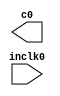
// megafunction wizard: %ALTPLL%VBB%
// GENERATION: STANDARD
// VERSION: WM1.0
// MODULE: altpll 

// ============================================================
// Megafunction Name(s):
// 			altpll
//
// Simulation Library Files(s):
// 			altera_mf
// ============================================================
// ************************************************************
// THIS IS A WIZARD-GENERATED FILE. DO NOT EDIT THIS FILE!
//
// 15.0.0 Build 145 04/22/2015 SJ Web Edition
// ************************************************************

//Copyright (C) 1991-2015 Altera Corporation. All rights reserved.
//Your use of Altera Corporation's design tools, logic functions 
//and other software and tools, and its AMPP partner logic 
//functions, and any output files from any of the foregoing 
//(including device programming or simulation files), and any 
//associated documentation or information are expressly subject 
//to the terms and conditions of the Altera Program License 
//Subscription Agreement, the Altera Quartus II License Agreement,
//the Altera MegaCore Function License Agreement, or other 
//applicable license agreement, including, without limitation, 
//that your use is for the sole purpose of programming logic 
//devices manufactured by Altera and sold by Altera or its 
//authorized distributors.  Please refer to the applicable 
//agreement for further details.

module pll_1152 (
	inclk0,
	c0);

	input	  inclk0;
	output	  c0;

endmodule

// ============================================================
// CNX file retrieval info
// ============================================================
// Retrieval info: PRIVATE: ACTIVECLK_CHECK STRING "0"
// Retrieval info: PRIVATE: BANDWIDTH STRING "1.000"
// Retrieval info: PRIVATE: BANDWIDTH_FEATURE_ENABLED STRING "1"
// Retrieval info: PRIVATE: BANDWIDTH_FREQ_UNIT STRING "MHz"
// Retrieval info: PRIVATE: BANDWIDTH_PRESET STRING "Low"
// Retrieval info: PRIVATE: BANDWIDTH_USE_AUTO STRING "1"
// Retrieval info: PRIVATE: BANDWIDTH_USE_PRESET STRING "0"
// Retrieval info: PRIVATE: CLKBAD_SWITCHOVER_CHECK STRING "0"
// Retrieval info: PRIVATE: CLKLOSS_CHECK STRING "0"
// Retrieval info: PRIVATE: CLKSWITCH_CHECK STRING "0"
// Retrieval info: PRIVATE: CNX_NO_COMPENSATE_RADIO STRING "0"
// Retrieval info: PRIVATE: CREATE_CLKBAD_CHECK STRING "0"
// Retrieval info: PRIVATE: CREATE_INCLK1_CHECK STRING "0"
// Retrieval info: PRIVATE: CUR_DEDICATED_CLK STRING "c0"
// Retrieval info: PRIVATE: CUR_FBIN_CLK STRING "c0"
// Retrieval info: PRIVATE: DEVICE_SPEED_GRADE STRING "Any"
// Retrieval info: PRIVATE: DIV_FACTOR0 NUMERIC "1"
// Retrieval info: PRIVATE: DUTY_CYCLE0 STRING "50.00000000"
// Retrieval info: PRIVATE: EFF_OUTPUT_FREQ_VALUE0 STRING "384.000000"
// Retrieval info: PRIVATE: EXPLICIT_SWITCHOVER_COUNTER STRING "0"
// Retrieval info: PRIVATE: EXT_FEEDBACK_RADIO STRING "0"
// Retrieval info: PRIVATE: GLOCKED_COUNTER_EDIT_CHANGED STRING "1"
// Retrieval info: PRIVATE: GLOCKED_FEATURE_ENABLED STRING "0"
// Retrieval info: PRIVATE: GLOCKED_MODE_CHECK STRING "0"
// Retrieval info: PRIVATE: GLOCK_COUNTER_EDIT NUMERIC "1048575"
// Retrieval info: PRIVATE: HAS_MANUAL_SWITCHOVER STRING "1"
// Retrieval info: PRIVATE: INCLK0_FREQ_EDIT STRING "122.880"
// Retrieval info: PRIVATE: INCLK0_FREQ_UNIT_COMBO STRING "MHz"
// Retrieval info: PRIVATE: INCLK1_FREQ_EDIT STRING "100.000"
// Retrieval info: PRIVATE: INCLK1_FREQ_EDIT_CHANGED STRING "1"
// Retrieval info: PRIVATE: INCLK1_FREQ_UNIT_CHANGED STRING "1"
// Retrieval info: PRIVATE: INCLK1_FREQ_UNIT_COMBO STRING "MHz"
// Retrieval info: PRIVATE: INTENDED_DEVICE_FAMILY STRING "Cyclone IV E"
// Retrieval info: PRIVATE: INT_FEEDBACK__MODE_RADIO STRING "1"
// Retrieval info: PRIVATE: LOCKED_OUTPUT_CHECK STRING "0"
// Retrieval info: PRIVATE: LONG_SCAN_RADIO STRING "1"
// Retrieval info: PRIVATE: LVDS_MODE_DATA_RATE STRING "Not Available"
// Retrieval info: PRIVATE: LVDS_MODE_DATA_RATE_DIRTY NUMERIC "0"
// Retrieval info: PRIVATE: LVDS_PHASE_SHIFT_UNIT0 STRING "deg"
// Retrieval info: PRIVATE: MIG_DEVICE_SPEED_GRADE STRING "Any"
// Retrieval info: PRIVATE: MIRROR_CLK0 STRING "0"
// Retrieval info: PRIVATE: MULT_FACTOR0 NUMERIC "1"
// Retrieval info: PRIVATE: NORMAL_MODE_RADIO STRING "1"
// Retrieval info: PRIVATE: OUTPUT_FREQ0 STRING "384.00000000"
// Retrieval info: PRIVATE: OUTPUT_FREQ_MODE0 STRING "1"
// Retrieval info: PRIVATE: OUTPUT_FREQ_UNIT0 STRING "MHz"
// Retrieval info: PRIVATE: PHASE_RECONFIG_FEATURE_ENABLED STRING "1"
// Retrieval info: PRIVATE: PHASE_RECONFIG_INPUTS_CHECK STRING "0"
// Retrieval info: PRIVATE: PHASE_SHIFT0 STRING "0.00000000"
// Retrieval info: PRIVATE: PHASE_SHIFT_STEP_ENABLED_CHECK STRING "0"
// Retrieval info: PRIVATE: PHASE_SHIFT_UNIT0 STRING "deg"
// Retrieval info: PRIVATE: PLL_ADVANCED_PARAM_CHECK STRING "0"
// Retrieval info: PRIVATE: PLL_ARESET_CHECK STRING "0"
// Retrieval info: PRIVATE: PLL_AUTOPLL_CHECK NUMERIC "1"
// Retrieval info: PRIVATE: PLL_ENHPLL_CHECK NUMERIC "0"
// Retrieval info: PRIVATE: PLL_FASTPLL_CHECK NUMERIC "0"
// Retrieval info: PRIVATE: PLL_FBMIMIC_CHECK STRING "0"
// Retrieval info: PRIVATE: PLL_LVDS_PLL_CHECK NUMERIC "0"
// Retrieval info: PRIVATE: PLL_PFDENA_CHECK STRING "0"
// Retrieval info: PRIVATE: PLL_TARGET_HARCOPY_CHECK NUMERIC "0"
// Retrieval info: PRIVATE: PRIMARY_CLK_COMBO STRING "inclk0"
// Retrieval info: PRIVATE: RECONFIG_FILE STRING "pll_1152.mif"
// Retrieval info: PRIVATE: SACN_INPUTS_CHECK STRING "0"
// Retrieval info: PRIVATE: SCAN_FEATURE_ENABLED STRING "1"
// Retrieval info: PRIVATE: SELF_RESET_LOCK_LOSS STRING "0"
// Retrieval info: PRIVATE: SHORT_SCAN_RADIO STRING "0"
// Retrieval info: PRIVATE: SPREAD_FEATURE_ENABLED STRING "0"
// Retrieval info: PRIVATE: SPREAD_FREQ STRING "50.000"
// Retrieval info: PRIVATE: SPREAD_FREQ_UNIT STRING "KHz"
// Retrieval info: PRIVATE: SPREAD_PERCENT STRING "0.500"
// Retrieval info: PRIVATE: SPREAD_USE STRING "0"
// Retrieval info: PRIVATE: SRC_SYNCH_COMP_RADIO STRING "0"
// Retrieval info: PRIVATE: STICKY_CLK0 STRING "1"
// Retrieval info: PRIVATE: SWITCHOVER_COUNT_EDIT NUMERIC "1"
// Retrieval info: PRIVATE: SWITCHOVER_FEATURE_ENABLED STRING "1"
// Retrieval info: PRIVATE: SYNTH_WRAPPER_GEN_POSTFIX STRING "0"
// Retrieval info: PRIVATE: USE_CLK0 STRING "1"
// Retrieval info: PRIVATE: USE_CLKENA0 STRING "0"
// Retrieval info: PRIVATE: USE_MIL_SPEED_GRADE NUMERIC "0"
// Retrieval info: PRIVATE: ZERO_DELAY_RADIO STRING "0"
// Retrieval info: LIBRARY: altera_mf altera_mf.altera_mf_components.all
// Retrieval info: CONSTANT: BANDWIDTH_TYPE STRING "AUTO"
// Retrieval info: CONSTANT: CLK0_DIVIDE_BY NUMERIC "8"
// Retrieval info: CONSTANT: CLK0_DUTY_CYCLE NUMERIC "50"
// Retrieval info: CONSTANT: CLK0_MULTIPLY_BY NUMERIC "25"
// Retrieval info: CONSTANT: CLK0_PHASE_SHIFT STRING "0"
// Retrieval info: CONSTANT: COMPENSATE_CLOCK STRING "CLK0"
// Retrieval info: CONSTANT: INCLK0_INPUT_FREQUENCY NUMERIC "8138"
// Retrieval info: CONSTANT: INTENDED_DEVICE_FAMILY STRING "Cyclone IV E"
// Retrieval info: CONSTANT: LPM_TYPE STRING "altpll"
// Retrieval info: CONSTANT: OPERATION_MODE STRING "NORMAL"
// Retrieval info: CONSTANT: PLL_TYPE STRING "AUTO"
// Retrieval info: CONSTANT: PORT_ACTIVECLOCK STRING "PORT_UNUSED"
// Retrieval info: CONSTANT: PORT_ARESET STRING "PORT_UNUSED"
// Retrieval info: CONSTANT: PORT_CLKBAD0 STRING "PORT_UNUSED"
// Retrieval info: CONSTANT: PORT_CLKBAD1 STRING "PORT_UNUSED"
// Retrieval info: CONSTANT: PORT_CLKLOSS STRING "PORT_UNUSED"
// Retrieval info: CONSTANT: PORT_CLKSWITCH STRING "PORT_UNUSED"
// Retrieval info: CONSTANT: PORT_CONFIGUPDATE STRING "PORT_UNUSED"
// Retrieval info: CONSTANT: PORT_FBIN STRING "PORT_UNUSED"
// Retrieval info: CONSTANT: PORT_INCLK0 STRING "PORT_USED"
// Retrieval info: CONSTANT: PORT_INCLK1 STRING "PORT_UNUSED"
// Retrieval info: CONSTANT: PORT_LOCKED STRING "PORT_UNUSED"
// Retrieval info: CONSTANT: PORT_PFDENA STRING "PORT_UNUSED"
// Retrieval info: CONSTANT: PORT_PHASECOUNTERSELECT STRING "PORT_UNUSED"
// Retrieval info: CONSTANT: PORT_PHASEDONE STRING "PORT_UNUSED"
// Retrieval info: CONSTANT: PORT_PHASESTEP STRING "PORT_UNUSED"
// Retrieval info: CONSTANT: PORT_PHASEUPDOWN STRING "PORT_UNUSED"
// Retrieval info: CONSTANT: PORT_PLLENA STRING "PORT_UNUSED"
// Retrieval info: CONSTANT: PORT_SCANACLR STRING "PORT_UNUSED"
// Retrieval info: CONSTANT: PORT_SCANCLK STRING "PORT_UNUSED"
// Retrieval info: CONSTANT: PORT_SCANCLKENA STRING "PORT_UNUSED"
// Retrieval info: CONSTANT: PORT_SCANDATA STRING "PORT_UNUSED"
// Retrieval info: CONSTANT: PORT_SCANDATAOUT STRING "PORT_UNUSED"
// Retrieval info: CONSTANT: PORT_SCANDONE STRING "PORT_UNUSED"
// Retrieval info: CONSTANT: PORT_SCANREAD STRING "PORT_UNUSED"
// Retrieval info: CONSTANT: PORT_SCANWRITE STRING "PORT_UNUSED"
// Retrieval info: CONSTANT: PORT_clk0 STRING "PORT_USED"
// Retrieval info: CONSTANT: PORT_clk1 STRING "PORT_UNUSED"
// Retrieval info: CONSTANT: PORT_clk2 STRING "PORT_UNUSED"
// Retrieval info: CONSTANT: PORT_clk3 STRING "PORT_UNUSED"
// Retrieval info: CONSTANT: PORT_clk4 STRING "PORT_UNUSED"
// Retrieval info: CONSTANT: PORT_clk5 STRING "PORT_UNUSED"
// Retrieval info: CONSTANT: PORT_clkena0 STRING "PORT_UNUSED"
// Retrieval info: CONSTANT: PORT_clkena1 STRING "PORT_UNUSED"
// Retrieval info: CONSTANT: PORT_clkena2 STRING "PORT_UNUSED"
// Retrieval info: CONSTANT: PORT_clkena3 STRING "PORT_UNUSED"
// Retrieval info: CONSTANT: PORT_clkena4 STRING "PORT_UNUSED"
// Retrieval info: CONSTANT: PORT_clkena5 STRING "PORT_UNUSED"
// Retrieval info: CONSTANT: PORT_extclk0 STRING "PORT_UNUSED"
// Retrieval info: CONSTANT: PORT_extclk1 STRING "PORT_UNUSED"
// Retrieval info: CONSTANT: PORT_extclk2 STRING "PORT_UNUSED"
// Retrieval info: CONSTANT: PORT_extclk3 STRING "PORT_UNUSED"
// Retrieval info: CONSTANT: WIDTH_CLOCK NUMERIC "5"
// Retrieval info: USED_PORT: @clk 0 0 5 0 OUTPUT_CLK_EXT VCC "@clk[4..0]"
// Retrieval info: USED_PORT: c0 0 0 0 0 OUTPUT_CLK_EXT VCC "c0"
// Retrieval info: USED_PORT: inclk0 0 0 0 0 INPUT_CLK_EXT GND "inclk0"
// Retrieval info: CONNECT: @inclk 0 0 1 1 GND 0 0 0 0
// Retrieval info: CONNECT: @inclk 0 0 1 0 inclk0 0 0 0 0
// Retrieval info: CONNECT: c0 0 0 0 0 @clk 0 0 1 0
// Retrieval info: GEN_FILE: TYPE_NORMAL pll_1152.v TRUE
// Retrieval info: GEN_FILE: TYPE_NORMAL pll_1152.ppf TRUE
// Retrieval info: GEN_FILE: TYPE_NORMAL pll_1152.inc FALSE
// Retrieval info: GEN_FILE: TYPE_NORMAL pll_1152.cmp FALSE
// Retrieval info: GEN_FILE: TYPE_NORMAL pll_1152.bsf FALSE
// Retrieval info: GEN_FILE: TYPE_NORMAL pll_1152_inst.v FALSE
// Retrieval info: GEN_FILE: TYPE_NORMAL pll_1152_bb.v TRUE
// Retrieval info: LIB_FILE: altera_mf
// Retrieval info: CBX_MODULE_PREFIX: ON